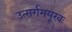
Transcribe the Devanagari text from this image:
उत्सर्गमयूखः